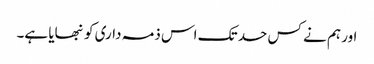
اور ہم نے کس حد تک اس ذمہ داری کو نبھایا ہے۔